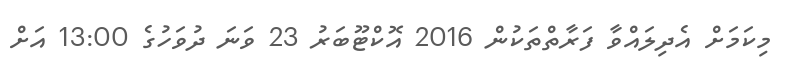
މިކަމަށް އެދިލައްވާ ފަރާތްތަކުން 2016 އޮކްޓޫބަރު 23 ވަނަ ދުވަހުގެ 13:00 އަށް